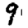
Digit: 9